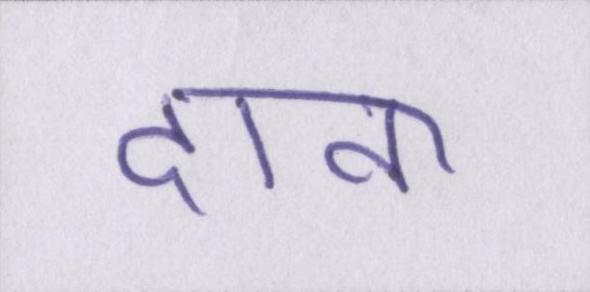
दाना